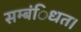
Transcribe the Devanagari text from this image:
सम्बंिधत।